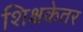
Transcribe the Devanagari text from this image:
शिक्षकेतर